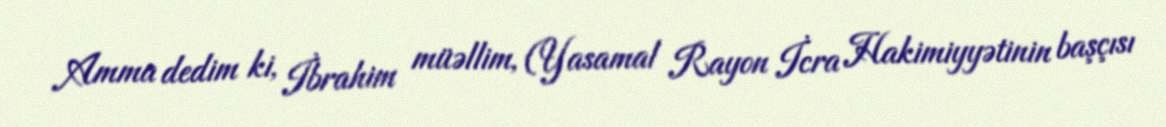
Amma dedim ki, İbrahim müəllim, (Yasamal Rayon İcra Hakimiyyətinin başçısı